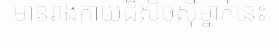
មានរាងកាយដ៏សិចស៊ីម្នាក់នេះ